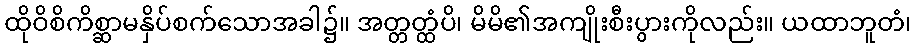
ထိုဝိစိကိစ္ဆာမနှိပ်စက်သောအခါ၌။ အတ္တတ္ထံပိ၊ မိမိ၏အကျိုးစီးပွားကိုလည်း။ ယထာဘူတံ၊